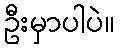
ဦးမှာပါပဲ။